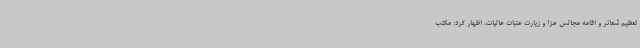
تعظیم شعائر و اقامه مجالس عزا و زیارت عتبات عالیات، اظهار کرد: مکتب